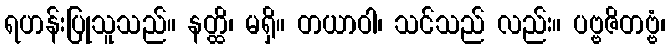
ရဟန်းပြုသူသည်။ နတ္ထိ၊ မရှိ။ တယာဝါ၊ သင်သည် လည်း။ ပဗ္ဗဇိတဗ္ဗံ၊